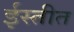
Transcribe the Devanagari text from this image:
ईस्तीत